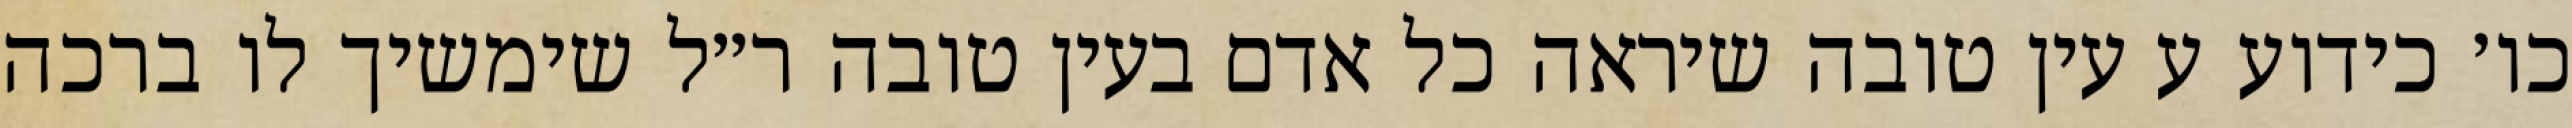
כו׳ כידוע ע עין טובה שיראה כל אדם בעין טובה ר״ל שימשיך לו ברכה